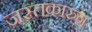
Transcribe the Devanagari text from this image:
जस्तकारुंन